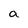
Character: a